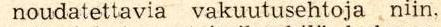
noudatettavia vakuutusehtoja niin,